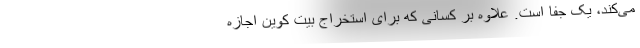
می‌کند، یک جفا است. علاوه بر کسانی که برای استخراج بیت کوین اجازه